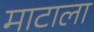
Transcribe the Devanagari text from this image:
माटाला